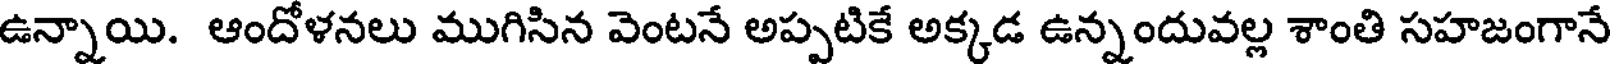
ఉన్నాయి. ఆందోళనలు ముగిసిన వెంటనే అప్పటికే అక్కడ ఉన్నందువల్ల శాంతి సహజంగానే